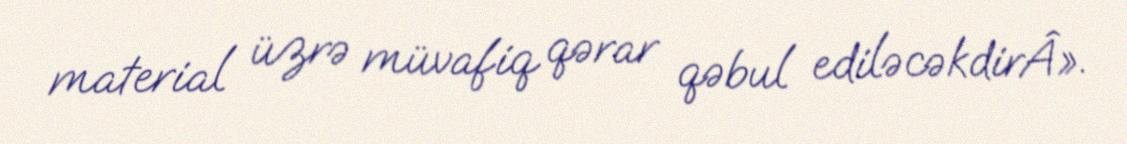
material üzrə müvafiq qərar qəbul ediləcəkdirÂ».